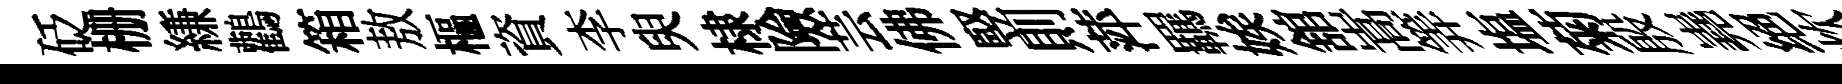
砭栅縑鸛箱敖樞資李臾棣險芸佛竪則萍羈娭舘嵩筭塩菊殷嶤绝炊